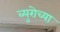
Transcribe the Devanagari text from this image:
ब्युरोच्या